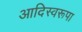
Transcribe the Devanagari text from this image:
आदिस्वरूपा